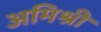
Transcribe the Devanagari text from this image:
अमिश्री